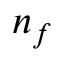
n _ { f }